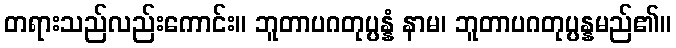
တရားသည်လည်းကောင်း။ ဘူတာပဂတုပ္ပန္နံ နာမ၊ ဘူတာပဂတုပ္ပန္နမည်၏။